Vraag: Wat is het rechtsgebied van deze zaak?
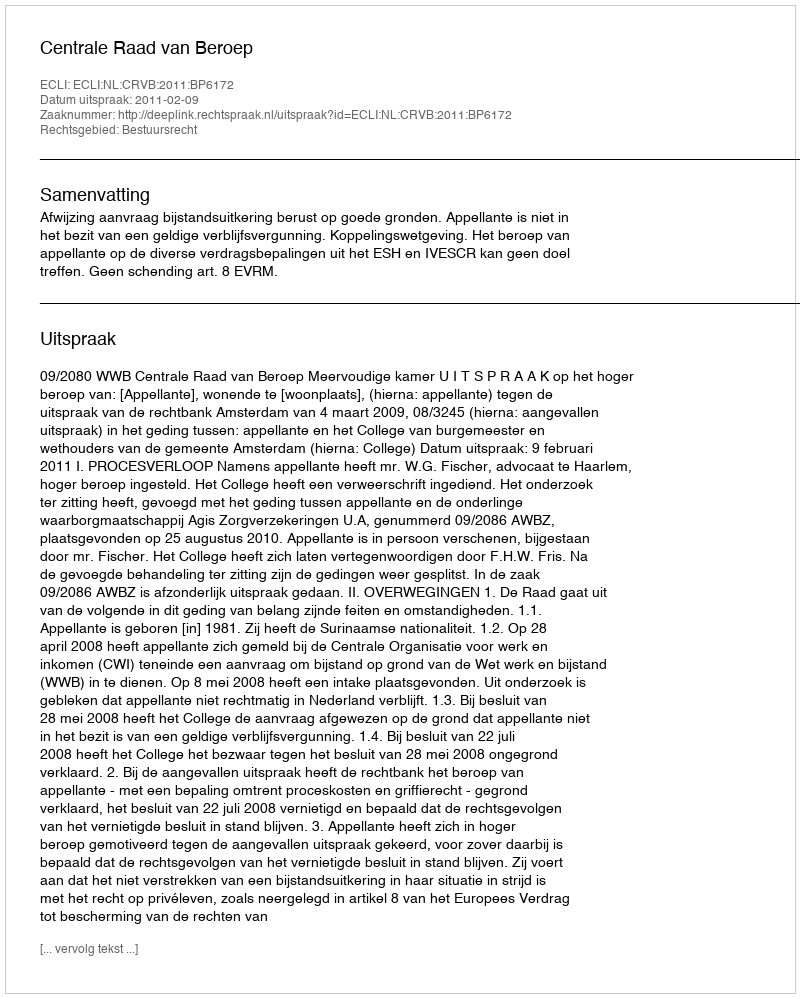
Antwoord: Bestuursrecht